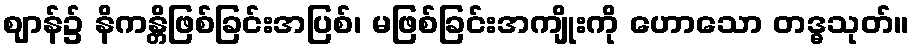
ဈာန်၌ နိကန္တိဖြစ်ခြင်းအပြစ်၊ မဖြစ်ခြင်းအကျိုးကို ဟောသော တဒ္ဓသုတ်။